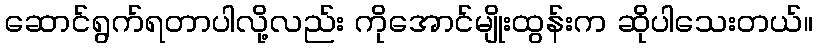
ဆောင်ရွက်ရတာပါလို့လည်း ကိုအောင်မျိုးထွန်းက ဆိုပါသေးတယ်။